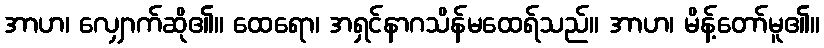
အာဟ၊ လျှောက်ဆို၏။ ထေရော၊ အရှင်နာဂသိန်မထေရ်သည်။ အာဟ၊ မိန့်တော်မူ၏။